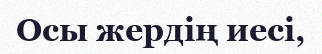
Осы жердің иесі,